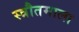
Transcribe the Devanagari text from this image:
स्त्रौतमाला